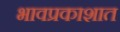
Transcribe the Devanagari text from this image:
भावप्रकाशात